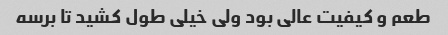
طعم و کیفیت عالی بود ولی خیلی طول کشید تا برسه